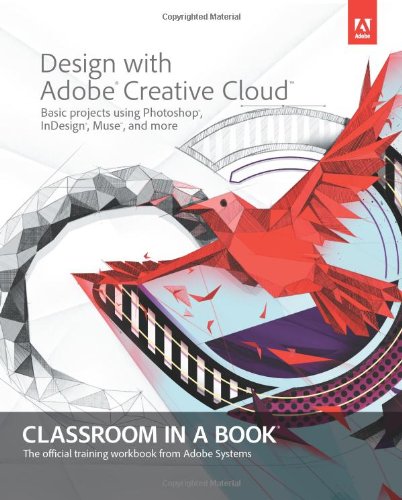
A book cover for Design with Adobe Creative Cloud Classroom in a Book: Basic Projects using Photoshop, InDesign, Muse, and More; Adobe Creative Team; Computers & Technology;